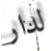
لدار